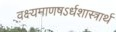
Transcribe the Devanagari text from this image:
वक्ष्यमाणषऽर्धशास्त्रार्थ